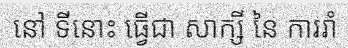
នៅ ទីនោះ ធ្វើជា សាក្សី នៃ ការរាំ